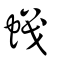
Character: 蟙